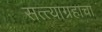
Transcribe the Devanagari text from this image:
सत्त्याग्रहाचा